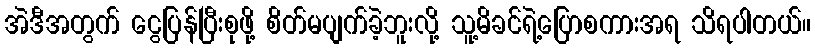
အဲဒီအတွက် ငွေပြန်ပြီးစုဖို့ စိတ်မပျက်ခဲ့ဘူးလို့ သူ့မိခင်ရဲ့ပြောစကားအရ သိရပါတယ်။